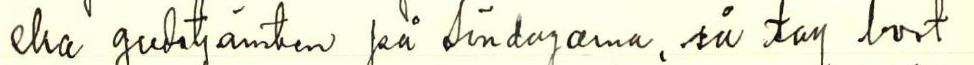
ska gudstjänsten pä söndagarna, så tag bort